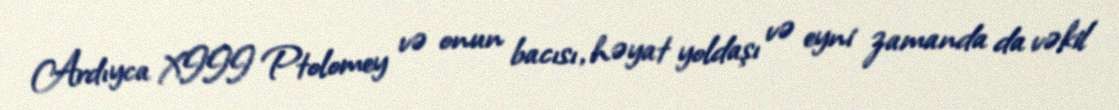
Ardıyca XIII Ptolomey və onun bacısı, həyat yoldaşı və eyni zamanda da vəkil